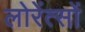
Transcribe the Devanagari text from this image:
लोरेंत्सों